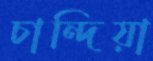
চান্দিয়া